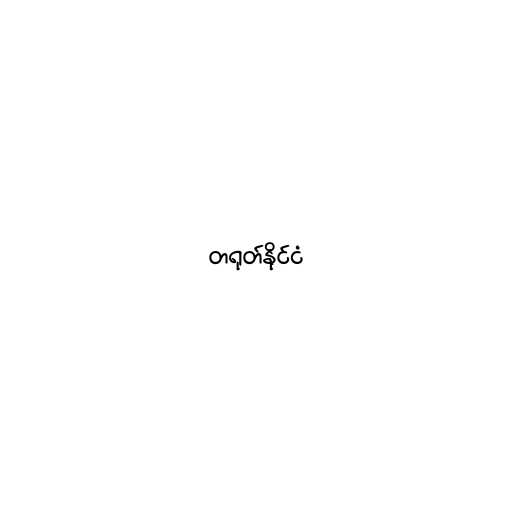
တရုတ်နိုင်ငံ